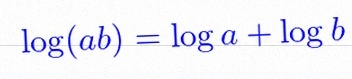
\log(ab)=\log a+\log b